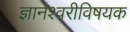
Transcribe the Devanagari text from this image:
ज्ञानेश्वरीविषयक